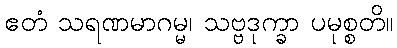
ဧတံ သရဏမာဂမ္မ၊ သဗ္ဗဒုက္ခာ ပမုစ္စတိ။